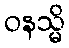
ဝနသ္မိ